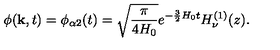
\phi ( { \bf k } , t ) = \phi _ { \alpha 2 } ( t ) = \sqrt { \frac { \pi } { 4 H _ { 0 } } } e ^ { - \frac { 3 } { 2 } H _ { 0 } t } H _ { \nu } ^ { ( 1 ) } ( z ) .